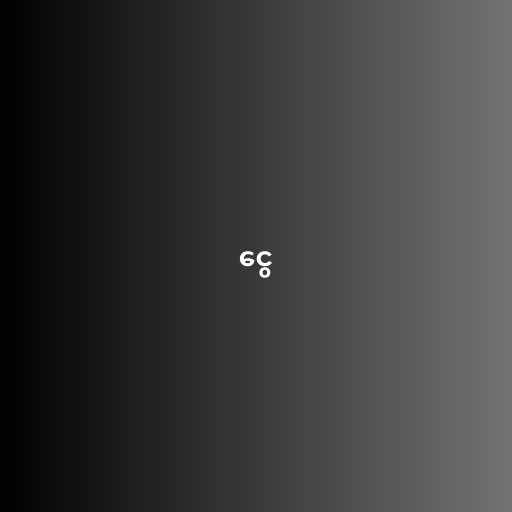
ငွေ